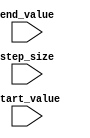
module Incremental_For_Loop (
   input [7:0] start_value,
   input [7:0] end_value,
   input [7:0] step_size
);

   reg [7:0] current_iteration;

   always @ (posedge clk) begin
      if (current_iteration < end_value) begin
         current_iteration <= current_iteration + step_size;
         // Perform desired operations or computations here based on current_iteration
      end
   end

endmodule